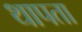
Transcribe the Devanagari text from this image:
थापता